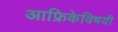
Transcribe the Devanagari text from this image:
आफ्रिकेविषयी